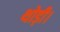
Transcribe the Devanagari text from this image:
थोड़ी।